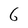
Character: 6